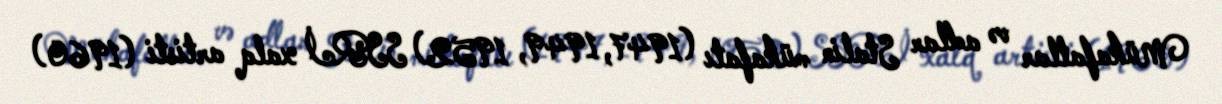
Mükafatlar və adlar Stalin mükafatı (1947, 1949, 1952) SSRİ xalq artisti (1960)